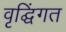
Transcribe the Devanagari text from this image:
वृद्घिंगत